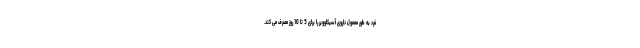
فرد به طور معمول داروی آسیکلوویر را برای 5 تا 10 روز مصرف می کند.